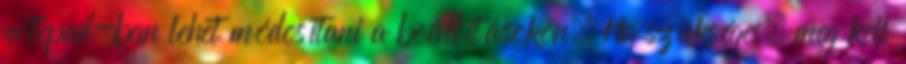
notepad-ban lehet módosítani a beállításokon. Ha szükséges, meg kell